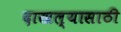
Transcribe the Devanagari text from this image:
दाखल्यासाठी